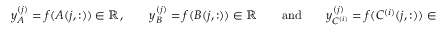
y _ { A } ^ { ( j ) } = f ( A ( j , : ) ) \in \mathbb { R } , \qquad y _ { B } ^ { ( j ) } = f ( B ( j , : ) ) \in \mathbb { R } \qquad \mathrm { a n d } \qquad y _ { C ^ { ( i ) } } ^ { ( j ) } = f ( { C ^ { ( i ) } } ( j , : ) ) \in \mathbb { R } ,